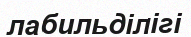
лабильділігі